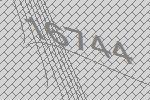
16744